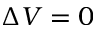
\Delta V = 0